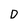
Character: D